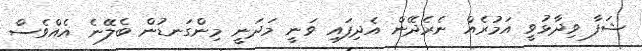
ޝަފާ ވިދާޅުވީ އަމުރެއް ނެރެދޭން އެދިފައި ވަނީ މަދަނީ މިންގަނޑުން ބެލޭނެ އެއްވެސް